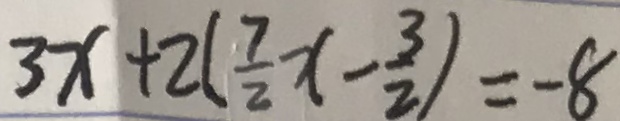
3 x + 2 ( \frac { 7 } { 2 } x - \frac { 3 } { 2 } ) = - 8